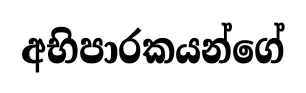
අභිපාරකයන්ගේ